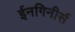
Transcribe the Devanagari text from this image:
ईनगिनीर्स